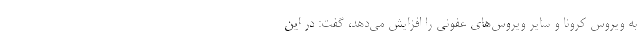
به ویروس کرونا و سایر ویروس‌های عفونی را افزایش می‌دهد، گفت: در این